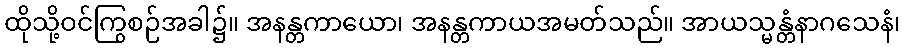
ထိုသို့ဝင်ကြွစဉ်အခါ၌။ အနန္တကာယော၊ အနန္တကာယအမတ်သည်။ အာယသ္မန္တံနာဂသေနံ၊